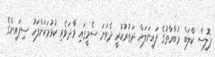
ޕޮލިސް ކްލަބް މުބާރާތުގެ ފައިނަލަށް ދަތުރުކުރީ ދެވަނަ ސެމީގައި ވާދަވެރި ކުޅުމަކަށްފަހު ސިފައިންގެ